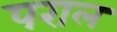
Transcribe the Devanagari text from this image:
पराल